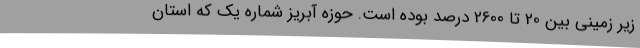
زیر زمینی بین 20 تا 2600 درصد بوده است. حوزه آبریز شماره یک که استان